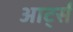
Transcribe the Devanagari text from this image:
आर्ट्स